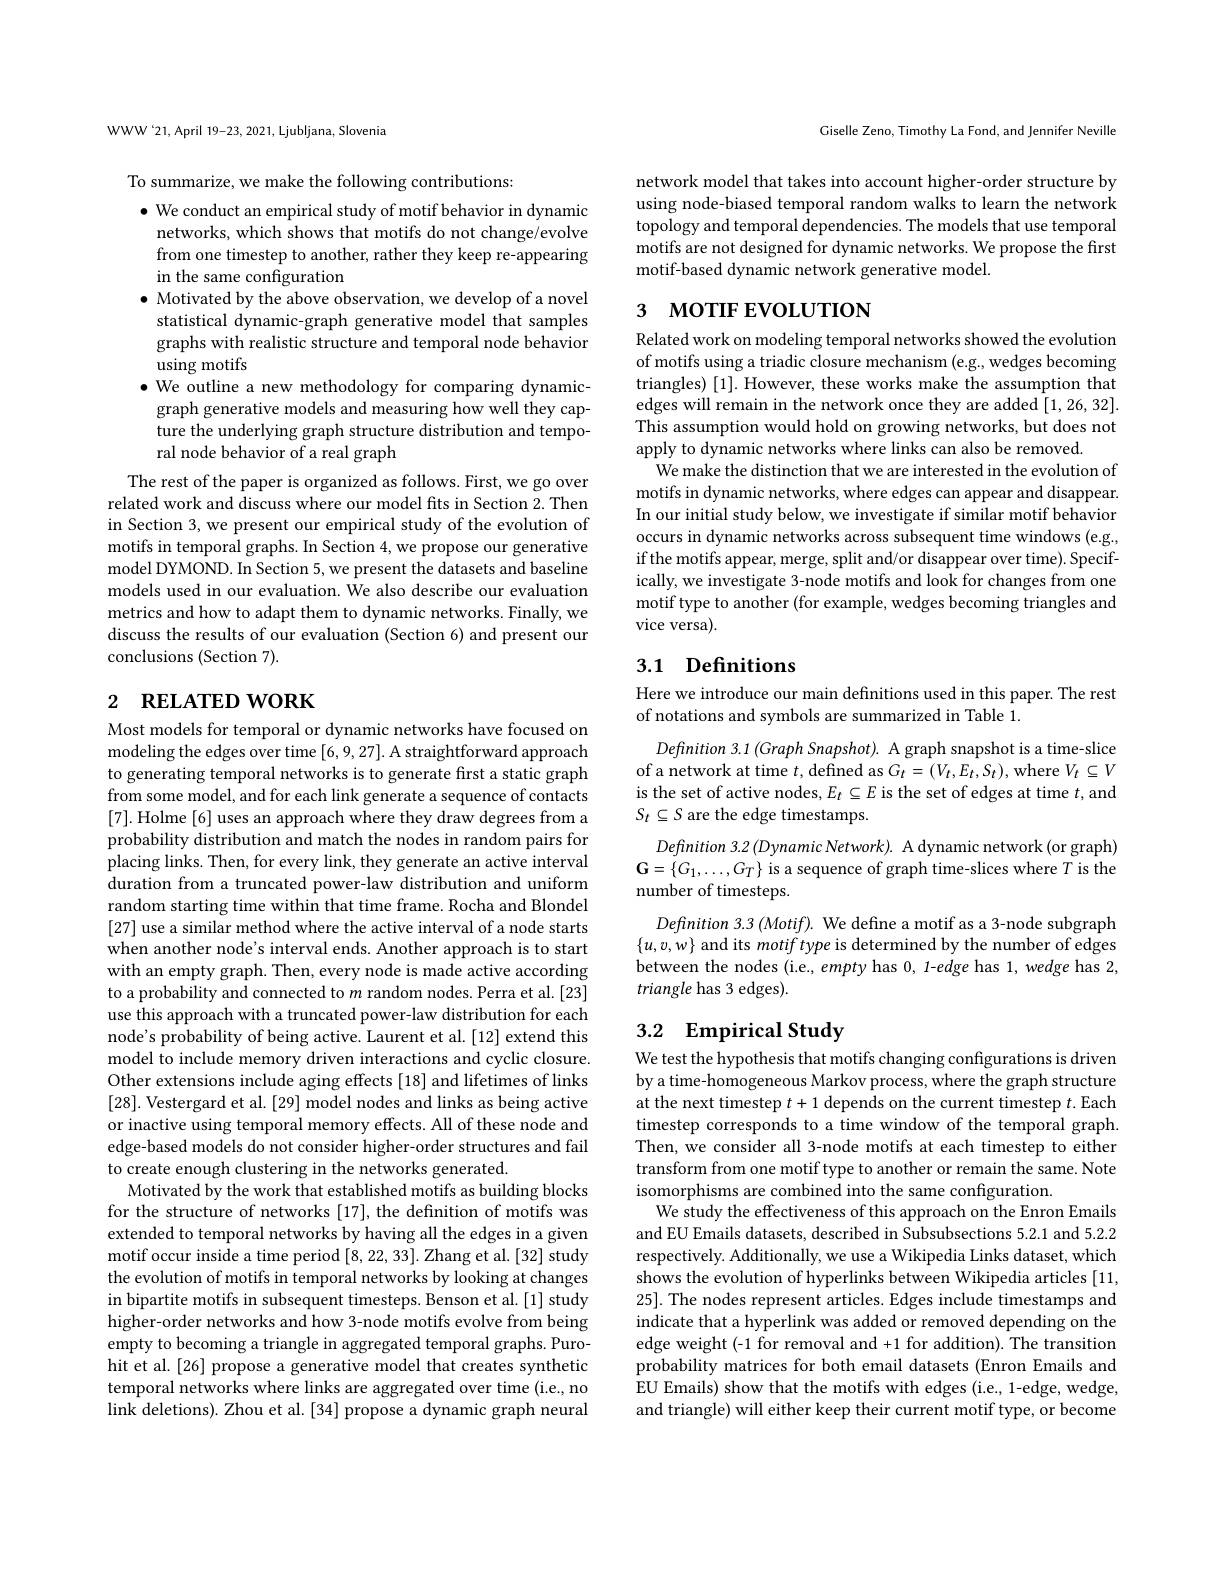
WWW 21, April 19-23, 2021, Ljubljana, Slovenia

To summarize, we make the following contributions:

$\bullet$ We conduct an empirical study of motif behavior in dynamic networks, which shows that motifs do not change/evolve from one timestep to another, rather they keep re-appearing in the same configuration
$\bullet$ Motivated by the above observation, we develop of a novel statistical dynamic-graph generative model that samples graphs with realistic structure and temporal node behavior using motifs
$\bullet$ We outline a new methodology for comparing dynamicgraph generative models and measuring how well they capture the underlying graph structure distribution and temporal node behavior of a real graph

The rest of the paper is organized as follows. First, we go over related work and discuss where our model fits in Section 2. Then in Section 3, we present our empirical study of the evolution of motifs in temporal graphs. In Section 4, we propose our generative model DYMOND. In Section 5, we present the datasets and baseline models used in our evaluation. We also describe our evaluation metrics and how to adapt them to dynamic networks. Finally, we discuss the results of our evaluation (Section 6) and present our conclusions (Section 7).

# 2 RELATED WORK

Most models for temporal or dynamic networks have focused on modeling the edges over time [6,9,27]. A straightforward approach to generating temporal networks is to generate first a static graph from some model, and for each link generate a sequence of contacts [7]. Holme [6] uses an approach where they draw degrees from a probability distribution and match the nodes in random pairs for placing links. Then, for every link, they generate an active interval duration from a truncated power-law distribution and uniform random starting time within that time frame. Rocha and Blondel [27] use a similar method where the active interval of a node starts when another node's interval ends. Another approach is to start with an empty graph. Then, every node is made active according to a probability and connected to $m$ random nodes. Perra et al.[23] use this approach with a truncated power-law distribution for each node's probability of being active. Laurent et al. [12] extend this model to include memory driven interactions and cyclic closure. Other extensions include aging effects [18] and lifetimes of links [28]. Vestergard et al. [29] model nodes and links as being active or inactive using temporal memory effects. All of these node and edge-based models do not consider higher-order structures and fail to create enough clustering in the networks generated.
Motivated by the work that established motifs as building blocks for the structure of networks [17], the definition of motifs was extended to temporal networks by having all the edges in a given motif occur inside a time period [8,22,33]. Zhang et al. [32] study the evolution of motifs in temporal networks by looking at changes in bipartite motifs in subsequent timesteps. Benson et al. [1] study higher-order networks and how 3-node motifs evolve from being empty to becoming a triangle in aggregated temporal graphs. Purohit et al. [26] propose a generative model that creates synthetic temporal networks where links are aggregated over time (i.e., no link deletions). Zhou et al. [34] propose a dynamic graph neural

Giselle Zeno, Timothy La Fond, and Jennifer Neville

network model that takes into account higher-order structure by using node-biased temporal random walks to learn the network topology and temporal dependencies. The models that use temporal motifs are not designed for dynamic networks. We propose the first motif-based dynamic network generative model.

# 3 мотIF EVOLUTION

Related work on modeling temporal networks showed the evolution of motifs using a triadic closure mechanism (e.g., wedges becoming triangles) [1]. However, these works make the assumption that edges will remain in the network once they are added [1,26,32]. This assumption would hold on growing networks, but does not apply to dynamic networks where links can also be removed.
We make the distinction that we are interested in the evolution of motifs in dynamic networks, where edges can appear and disappear. In our initial study below, we investigate if similar motif behavior occurs in dynamic networks across subsequent time windows (e.g., if the motifs appear, merge, split and/or disappear over time). Specifically, we investigate 3-node motifs and look for changes from one motif type to another (for example, wedges becoming triangles and vice versa).

## 3.1 Definitions

Here we introduce our main definitions used in this paper. The rest
of notations and symbols are summarized in Table 1.

$Defnition~3.1~(Graph~Snapshot).~$A graph snapshot is a time-slice of a network at time $t$,defined as $G_t=(V_t,E_t,S_t)$,where $V_t\subseteq V$ is the set of active nodes, $E_t\subseteq E$ is the set of edges at time $t$,and $S_t\subseteq S$ are the edge timestamps.
Definition 3.2 (Dynamic Network). A dynamic network (or graph) $\mathbf{G}=\{G_{1},\ldots,G_{T}\}$ is a sequence of graph time-slices where $T$ is the number of timesteps.
Definition 3.3 (Motif). We define a motif as a 3-node subgraph $\{u,v,w\}$ and its motif type is determined by the number of edges between the nodes (i.e., empty has 0, 1-edge has 1, wedge has 2, triangle has 3 edges).

## 3.2 Empirical Study

We test the hypothesis that motifs changing configurations is driven by a time-homogeneous Markov process, where the graph structure at the next timestep $t+1$ depends on the current timestep $t.$ Each timestep corresponds to a time window of the temporal graph. Then, we consider all 3-node motifs at each timestep to either transform from one motif type to another or remain the same. Note isomorphisms are combined into the same configuration.
We study the effectiveness of this approach on the Enron Emails and EU Emails datasets, described in Subsubsections 5.2.1 and 5.2.2 respectively. Additionally, we use a Wikipedia Links dataset, which shows the evolution of hyperlinks between Wikipedia articles [11, 25]. The nodes represent articles. Edges include timestamps and indicate that a hyperlink was added or removed depending on the edge weight (-1 for removal and +1 for addition). The transition probability matrices for both email datasets (Enron Emails and $\dot{\text{EU Emails) show that the motifs with edges (i.e., 1-edge, wedge,}}$ and triangle) will either keep their current motif type, or become